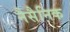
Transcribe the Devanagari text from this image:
नैसैनिक